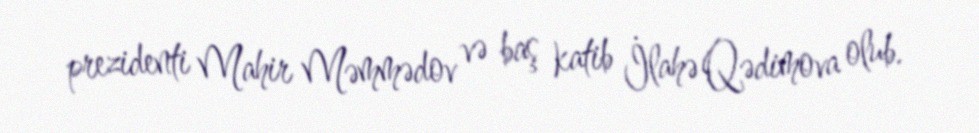
prezidenti Mahir Məmmədov və baş katib İlahə Qədimova olub.